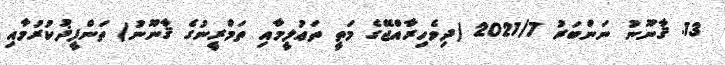
13. ޤާނޫނު ނަންބަރު 2021/7 (ދިވެހިރާއްޖޭގެ މަތީ ތަޢުލީމާއި ތަމްރީނުގެ ޤާނޫނު) ތަންފީޛުކުރުމާއި